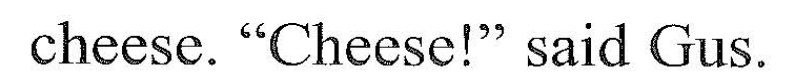
cheese. "Cheese!'" said Gus. "